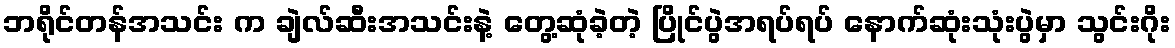
ဘရိုင်တန်အသင်း က ချဲလ်ဆီးအသင်းနဲ့ တွေ့ဆုံခဲ့တဲ့ ပြိုင်ပွဲအရပ်ရပ် နောက်ဆုံးသုံးပွဲမှာ သွင်းဂိုး